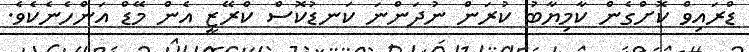
ޑްރައިވް ކޮށްގެން ކާމިޔާބު ކުރަން ނުދަންނަ ކަނޑުކޮސް ކްރޭޒީ އެން މޭޑް އަންހެނެކެވެ.